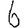
Digit: 6